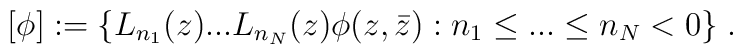
\lbrack \phi ]:=\{L_{n_{1}}(z)...L_{n_{N}}(z)\phi (z,\bar{z}):n_{1}\leq...\leq n_{N}<0\}\;.